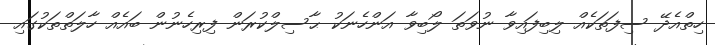
ހިތްއެދޭ ސިފަތަކެއް ލިބިފައިވާ ނުވަތަ ލޯބިވާ އަންހެނަކު ޙާސިލްކުރަން ފިރިހެނުން ބައެއް ހާލަތްތަކުގައި